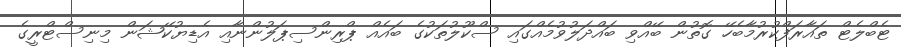
ޓެބްލެޓް ތައާރަފްކުރުމާބެހޭ ގޮތުން ބޭއްވި ބައްދަލުވުމެއްގައި ސްކޫލުތަކުގެ ބައެއް ޕްރިންސިޕަލުންނާއި އެޑިޔުކޭޝަން މިނިސްޓްރީގެ